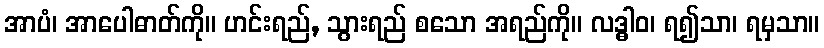
အာပံ၊ အာပေါဓာတ်ကို။ ဟင်းရည်, သွားရည် စသော အရည်ကို။ လဒ္ဓါဝ၊ ရ၍သာ၊ ရမှသာ။